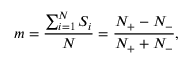
m = \frac { \sum _ { i = 1 } ^ { N } S _ { i } } { N } = \frac { N _ { + } - N _ { - } } { N _ { + } + N _ { - } } ,